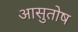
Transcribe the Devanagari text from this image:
आसुतोष